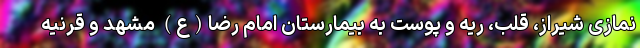
نمازی شیراز، قلب، ریه و پوست به بیمارستان امام رضا(ع) مشهد و قرنیه